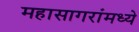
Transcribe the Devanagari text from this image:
महासागरांमध्ये